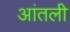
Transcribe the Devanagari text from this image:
आंतली